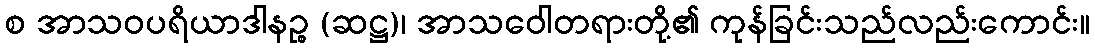
စ အာသဝပရိယာဒါနဉ္စ (ဆဋ္ဌ)၊ အာသဝေါတရားတို့၏ ကုန်ခြင်းသည်လည်းကောင်း။